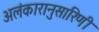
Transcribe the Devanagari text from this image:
अलंकारानुसारिणी